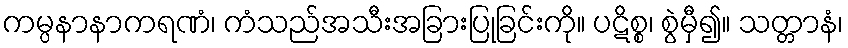
ကမ္ပနာနာကရဏံ၊ ကံသည်အသီးအခြားပြုခြင်းကို။ ပဋိစ္စ၊ စွဲမှီ၍။ သတ္တာနံ၊